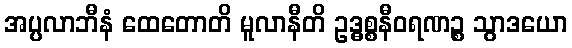
အပ္ပလာဘီနံ ထေတောတိ မူလာနီတိ ဥဒ္ဓစ္စနီဝရဏဉ္စ သွာဒယော